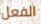
الفعل